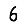
Digit: 6